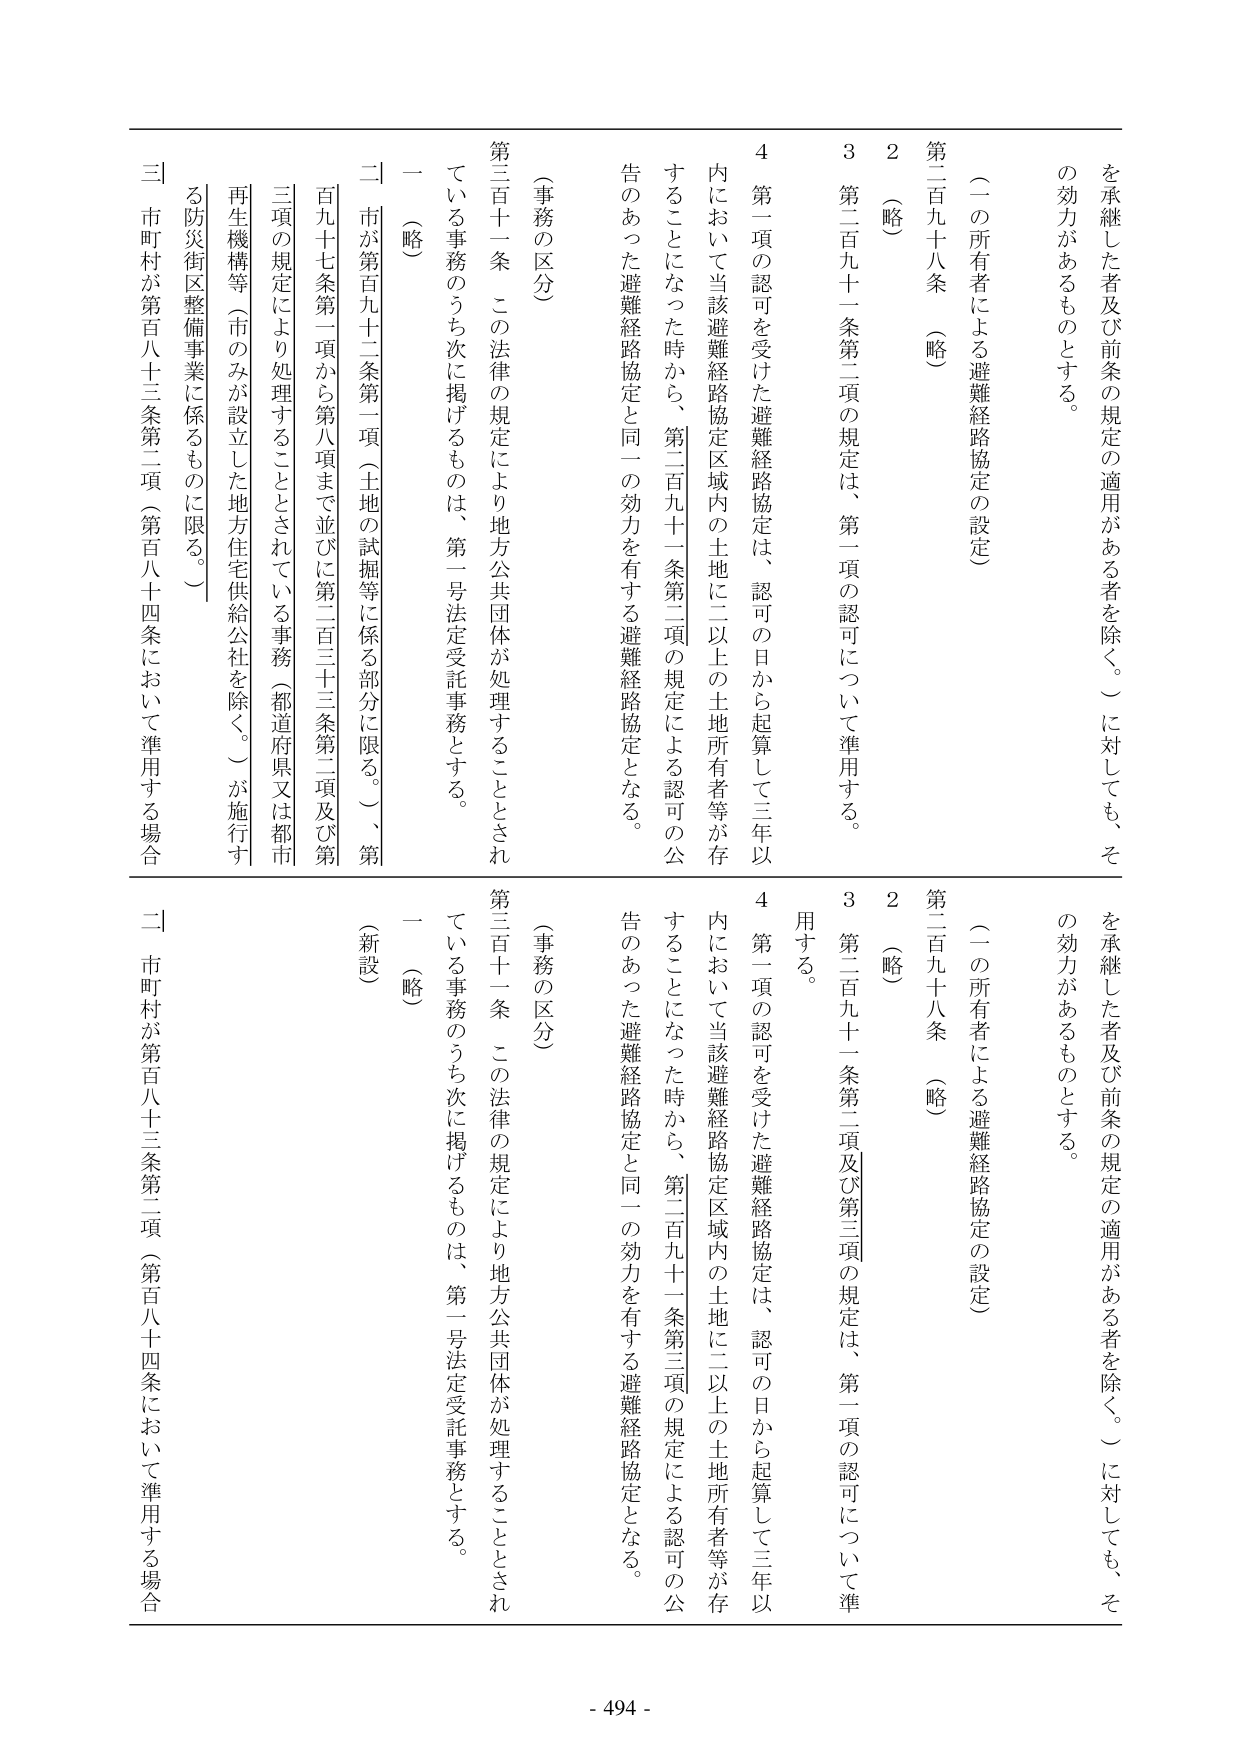
（一の所有者による避難経路協定の設定）

第二百九十八条 （略）

２ （略）

３ 第二百九十一条第二項の規定は、第一項の認可について準用する。

４ 第一項の認可を受けた避難経路協定は、認可の日から起算して三年以内において当該避難経路協定区域内の土地に二以上の土地所有者等が存することになった時から、第二百九十一条第二項の規定による認可の公告のあった避難経路協定と同一の効力を有する避難経路協定となる。

（事務の区分）

第三百十一条 この法律の規定により地方公共団体が処理することとされている事務のうち次に掲げるものは、第一号法定受託事務とする。

一 （略）

二 市が第百九十二条第一項（土地の試掘等に係る部分に限る。）、第百九十七条第一項から第八項まで並びに第二百三十三条第二項及び第三項の規定により処理することとされている事務（都道府県又は都市再生機構等（市のみが設立した地方住宅供給公社を除く。）が施行する防災街区整備事業に係るものに限る。）

三 市町村が第百八十三条第二項（第百八十四条において準用する場合を承継した者及び前条の規定の適用がある者を除く。）に対しても、その効力があるものとする。

（一の所有者による避難経路協定の設定）

第二百九十八条 （略）

２ （略）

３ 第二百九十一条第二項及び第三項の規定は、第一項の認可について準用する。

４ 第一項の認可を受けた避難経路協定は、認可の日から起算して三年以内において当該避難経路協定区域内の土地に二以上の土地所有者等が存することになった時から、第二百九十一条第三項の規定による認可の公告のあった避難経路協定と同一の効力を有する避難経路協定となる。

（事務の区分）

第三百十一条 この法律の規定により地方公共団体が処理することとされている事務のうち次に掲げるものは、第一号法定受託事務とする。

一 （略）

（新設）

二 市町村が第百八十三条第二項（第百八十四条において準用する場合を承継した者及び前条の規定の適用がある者を除く。）に対しても、その効力があるものとする。

- 494 -